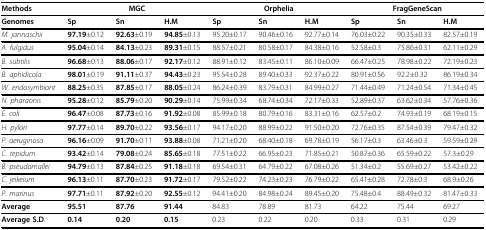
<table><thead><tr><td><b>Methods</b></td><td colspan="3"><b>MGC</b></td><td colspan="3"><b>Orphelia</b></td><td colspan="3"><b>FragGeneScan</b></td></tr></thead><tbody><tr><td><b>Genomes</b></td><td><b>Sp</b></td><td><b>Sn</b></td><td><b>H.M</b></td><td><b>Sp</b></td><td><b>Sn</b></td><td><b>H.M</b></td><td><b>Sp</b></td><td><b>Sn</b></td><td><b>H.M</b></td></tr><tr><td><i>M. jannaschii</i></td><td><b>97.19</b>±0.12</td><td><b>92.63</b>±0.19</td><td><b>94.85</b>±0.13</td><td>95.20±0.17</td><td>90.46±0.16</td><td>92.77±0.14</td><td>76.03±0.22</td><td>90.35±0.33</td><td>82.57±0.19</td></tr><tr><td><i>A. fulgidus</i></td><td><b>95.04</b>±0.14</td><td><b>84.13</b>±0.23</td><td><b>89.31</b>±0.15</td><td>88.57±0.21</td><td>80.58±0.17</td><td>84.38±0.16</td><td>52.58±0.3</td><td>75.86±0.31</td><td>62.11±0.29</td></tr><tr><td><i>B. subtilis</i></td><td><b>96.68</b>±0.13</td><td><b>88.06</b>±0.17</td><td><b>92.17</b>±0.12</td><td>88.91±0.12</td><td>83.45±0.11</td><td>86.10±0.09</td><td>66.47±0.25</td><td>78.98±0.22</td><td>72.19±0.23</td></tr><tr><td><i>B. aphidicola</i></td><td><b>98.01</b>±0.19</td><td><b>91.11</b>±0.37</td><td><b>94.43</b>±0.23</td><td>95.54±0.28</td><td>89.40±0.33</td><td>92.37±0.22</td><td>80.91±0.56</td><td>92.2±0.32</td><td>86.19±0.34</td></tr><tr><td><i>W. endosymbiont</i></td><td><b>88.25</b>±0.35</td><td><b>87.85</b>±0.17</td><td><b>88.05</b>±0.24</td><td>86.24±0.39</td><td>83.79±0.31</td><td>84.99±0.27</td><td>71.44±0.49</td><td>71.24±0.54</td><td>71.34±0.45</td></tr><tr><td><i>N. pharaonis</i></td><td><b>95.28</b>±0.12</td><td><b>85.79</b>±0.20</td><td><b>90.29</b>±0.14</td><td>75.99±0.34</td><td>68.74±0.34</td><td>72.17±0.33</td><td>52.89±0.37</td><td>63.62±0.34</td><td>57.76±0.36</td></tr><tr><td><i>E. coli</i></td><td><b>96.47</b>±0.08</td><td><b>87.73</b>±0.16</td><td><b>91.92</b>±0.08</td><td>85.99±0.18</td><td>80.79±0.16</td><td>83.31±0.16</td><td>62.57±0.2</td><td>74.93±0.19</td><td>68.19±0.15</td></tr><tr><td><i>H. pylori</i></td><td><b>97.77</b>±0.14</td><td><b>89.70</b>±0.22</td><td><b>93.56</b>±0.17</td><td>94.17±0.20</td><td>88.99±0.22</td><td>91.50±0.20</td><td>72.76±0.35</td><td>87.54±0.39</td><td>79.47±0.32</td></tr><tr><td><i>P. aeruginosa</i></td><td><b>96.16</b>±0.09</td><td><b>91.70</b>±0.11</td><td><b>93.88</b>±0.08</td><td>71.21±0.20</td><td>68.40±0.18</td><td>69.78±0.19</td><td>56.17±0.3</td><td>63.46±0.3</td><td>59.59±0.29</td></tr><tr><td><i>C. tepidum</i></td><td><b>93.42</b>±0.14</td><td><b>79.08</b>±0.24</td><td><b>85.65</b>±0.18</td><td>77.51±0.22</td><td>66.95±0.23</td><td>71.85±0.21</td><td>50.87±0.36</td><td>65.59±0.22</td><td>57.3±0.29</td></tr><tr><td><i>B. pseudomallei</i></td><td><b>94.79</b>±0.13</td><td><b>87.84</b>±0.25</td><td><b>91.18</b>±0.18</td><td>69.54±0.31</td><td>64.79±0.22</td><td>67.08±0.26</td><td>51.34±0.2</td><td>55.69±0.27</td><td>53.42±0.22</td></tr><tr><td><i>C. jeikeium</i></td><td><b>96.13</b>±0.11</td><td><b>87.70</b>±0.23</td><td><b>91.72</b>±0.17</td><td>79.52±0.22</td><td>74.23±0.23</td><td>76.79±0.22</td><td>65.41±0.28</td><td>72.78±0.3</td><td>68.9±0.26</td></tr><tr><td><i>P. marinus</i></td><td><b>97.71</b>±0.11</td><td><b>87.92</b>±0.20</td><td><b>92.55</b>±0.12</td><td>94.41±0.20</td><td>84.98±0.24</td><td>89.45±0.20</td><td>75.48±0.4</td><td>88.49±0.32</td><td>81.47±0.33</td></tr><tr><td><b>Average</b></td><td><b>95.51</b></td><td><b>87.76</b></td><td><b>91.44</b></td><td>84.83</td><td>78.89</td><td>81.73</td><td>64.22</td><td>75.44</td><td>69.27</td></tr><tr><td><b>Average S.D</b>.</td><td><b>0.14</b></td><td><b>0.20</b></td><td><b>0.15</b></td><td>0.23</td><td>0.22</td><td>0.20</td><td>0.33</td><td>0.31</td><td>0.29</td></tr></tbody></table>